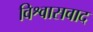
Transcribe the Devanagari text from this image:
विश्वासवाद